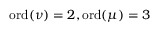
{ \mathrm { o r d } } ( \nu ) = 2 , { \mathrm { o r d } } ( \mu ) = 3